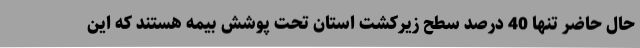
حال حاضر تنها 40 درصد سطح زیرکشت استان تحت پوشش بیمه هستند که این